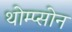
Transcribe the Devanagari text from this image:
थोम्प्सोन